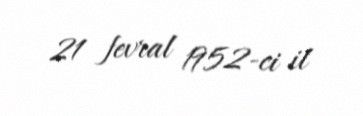
21 fevral 1952-ci il